Civil Veterinary Dept. Bombay admin report 1932-41 - 1932-1941
Year: 1932
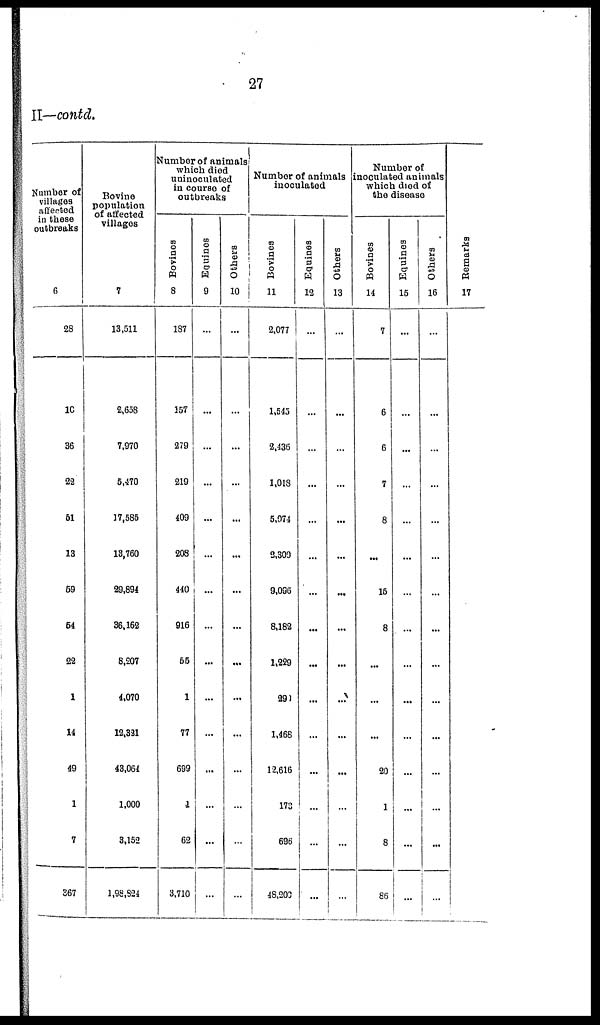
27
II—contd.
Number of
villages
affected
in these
outbreaks
6
28
10
36
22
51
13
59
64
22
1
14
49
1
7
367
Bovine
population
of affected
villages
7
13,511
2,658
7,970
5,470
17,585
13,760
29,894
36,162
8,207
4,070
12,321
43,064
1,000
3,152
1,98,824
Number of animals
which died
uninoculated
in course of
outbreaks
Bovines
8
187
157
279
219
409
208
440
916
55
1
77
699
1
62
3,710
Equines
9
...
...
...
...
...
...
...
...
...
...
...
...
...
...
...
Others
10
...
...
...
...
...
...
...
...
...
...
...
...
...
...
...
Number of animals
inoculated
Bovines
11
2,077
1,545
2,436
1,018
5,074
3,300
9,096
8,182
1,229
290
1,468
12,616
173
696
48,203
Equines
12
...
...
...
...
...
...
...
...
...
...
...
...
...
...
Others
13
...
...
...
...
...
...
...
...
...
...
...
...
...
...
...
Number of
inoculated animals
which died of
the disease
Bovines
14
7
6
6
7
8
...
15
8
...
...
...
20
1
8
86
Equines
15
...
...
...
...
...
...
...
...
...
...
...
...
...
...
...
Others
16
...
...
...
...
...
...
...
...
...
...
...
...
...
...
...
Remarks
17